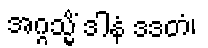
အဂ္ဂသ္မိံ ဒါနံ ဒဒတံ၊